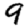
Digit: 9